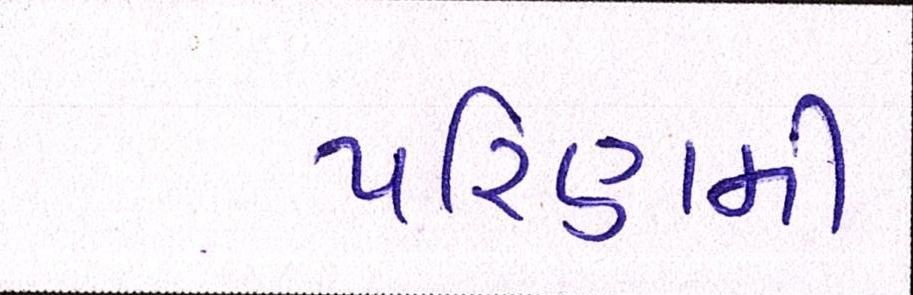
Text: પરિણમી